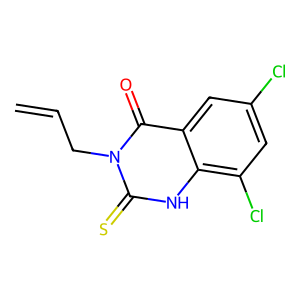
SMILES: C=CCn1c(=S)[nH]c2c(Cl)cc(Cl)cc2c1=O
Inhibits HIV replication: No